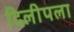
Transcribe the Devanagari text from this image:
दिलीपला